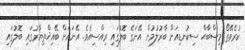
ކުރެވޭތޯ މިޞްބާޙް ސިކުނޑިއަށް ބާރުލުމުން އޭނަގެ ބޮލުގައި ރިއްސިއެވެ. އޭނައަށް ބޭއިޚްތިޔާރުގައި ބޮލުގައި